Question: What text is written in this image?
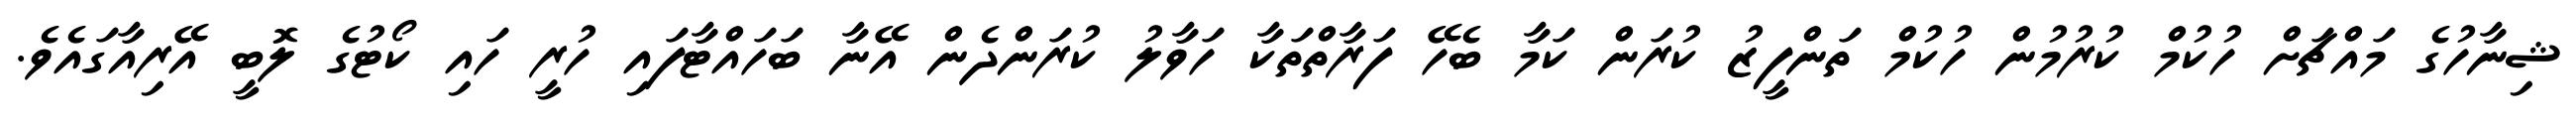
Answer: ޝިނާހުގެ މައްޗަށް ހުކުމް ކުރުމުން ހުކުމް ތަންފީޒު ކުރަން ކަމާ ބެހޭ ފަރާތްތަކާ ހަވާލު ކުރަންދެން އޭނާ ބަހައްޓާފައި ހުރީ ހައި ކޯޓުގެ ލޮބީ އޭރިއާގައެވެ.